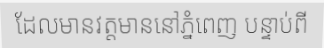
ដែលមានវត្តមាននៅភ្នំពេញ បន្ទាប់ពី